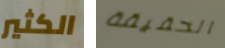
الكثير الحقيقة